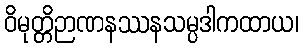
ဝိမုတ္တိဉာဏနဿနသမ္ပဒါကထာယ၊